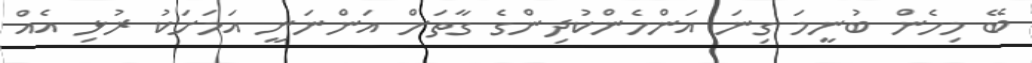
ބޭ މިހެން ބުނީމަ ގިނަ އަންހެންކުދިންގެ ގާތަށް އަންނަނީ އަމަށަކު ރުޅި އެއް